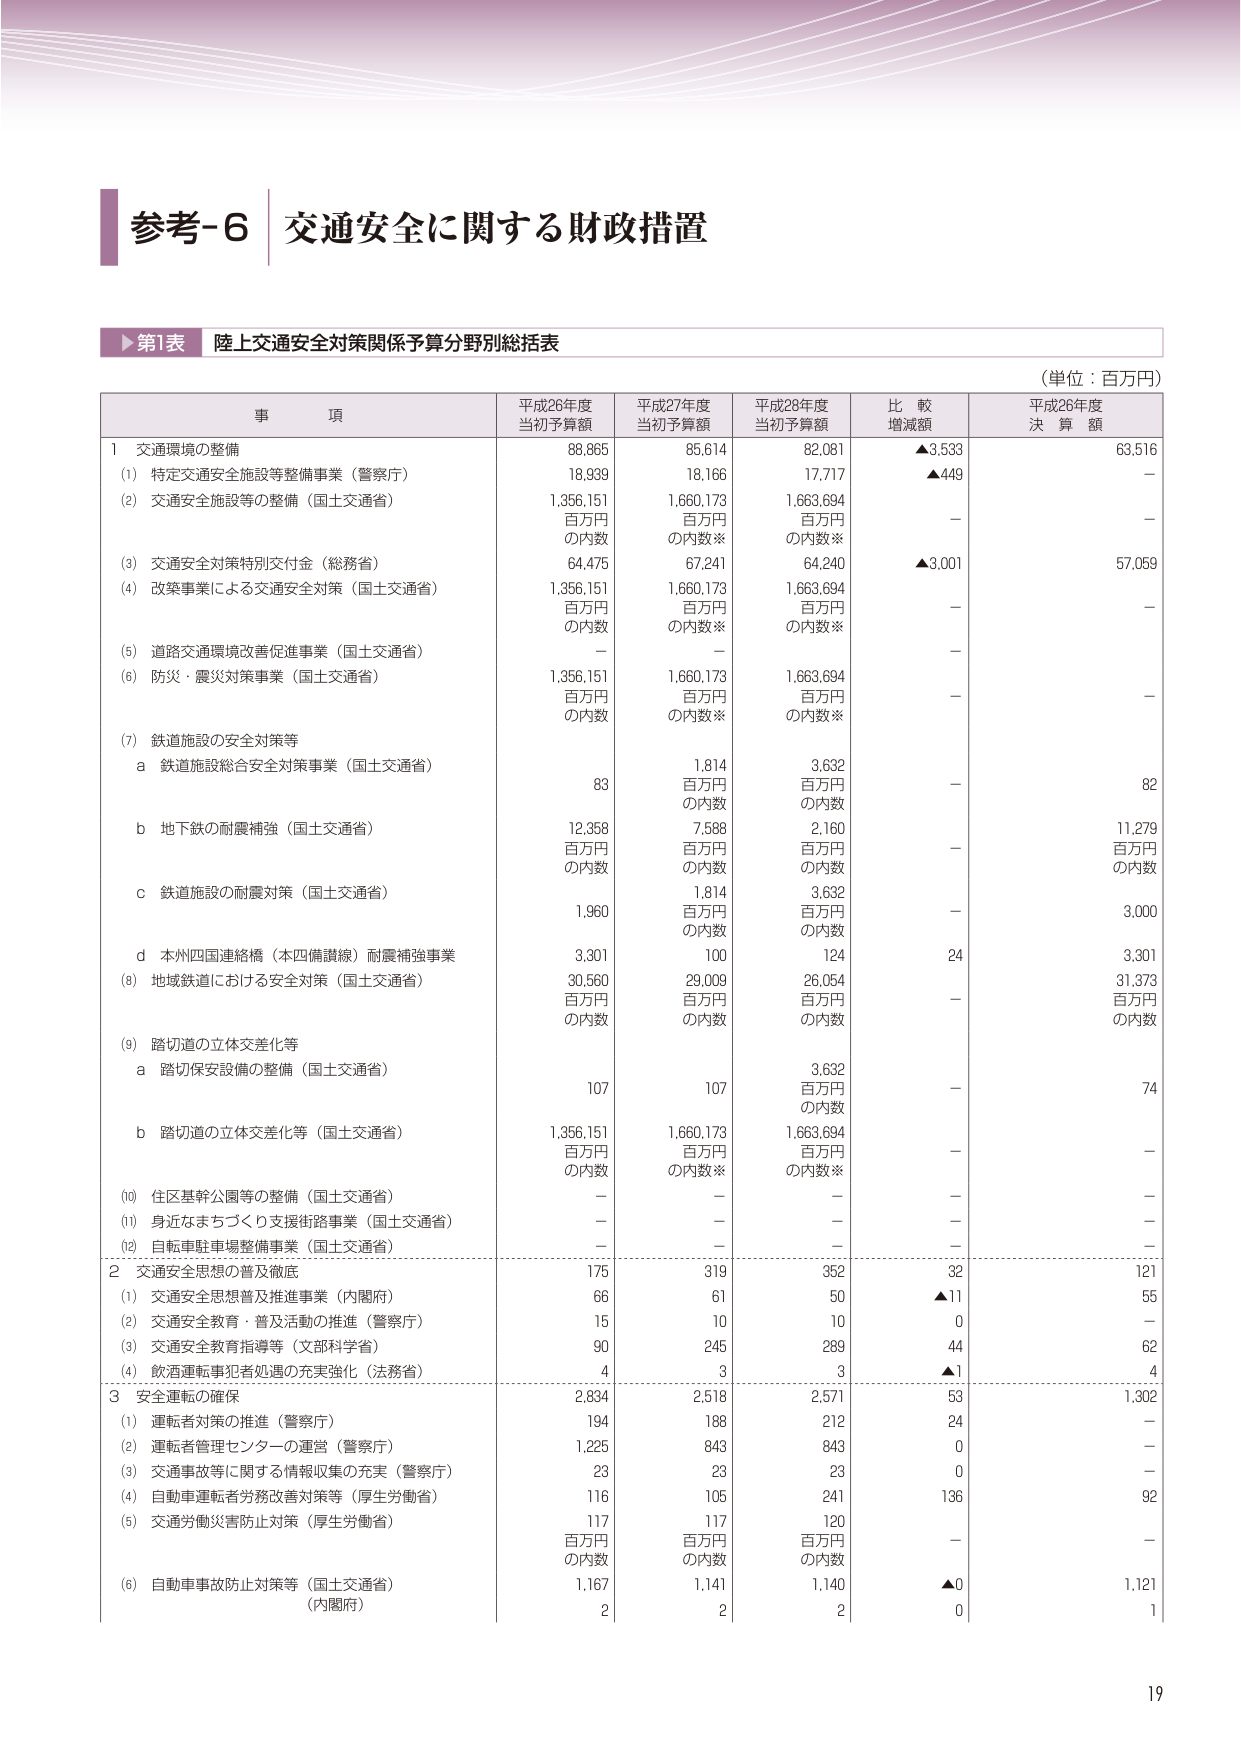
参考-6 交通安全に関する財政措置

▶第1表 陸上交通安全対策関係予算分野別総括表
（単位：百万円）

事 項 平成26年度 当初予算額 平成27年度 当初予算額 平成28年度 当初予算額 比 較 増減額 平成26年度 決 算 額

1 交通環境の整備 88,865 85,614 82,081 ▲3,533 63,516
(1) 特定交通安全施設等整備事業（警察庁） 18,939 18,166 17,717 ▲449 －
(2) 交通安全施設等の整備（国土交通省） 1,356,151 百万円 の内数 1,660,173 百万円 の内数※ 1,663,694 百万円 の内数※ － －
(3) 交通安全対策特別交付金（総務省） 64,475 67,241 64,240 ▲3,001 57,059
(4) 改築事業による交通安全対策（国土交通省） 1,356,151 百万円 の内数 1,660,173 百万円 の内数※ 1,663,694 百万円 の内数※ － －
(5) 道路交通環境改善促進事業（国土交通省） － － － － －
(6) 防災・震災対策事業（国土交通省） 1,356,151 百万円 の内数 1,660,173 百万円 の内数※ 1,663,694 百万円 の内数※ － －
(7) 鉄道施設の安全対策等
a 鉄道施設総合安全対策事業（国土交通省） 83 1,814 百万円 の内数 3,632 百万円 の内数 － 82
b 地下鉄の耐震補強（国土交通省） 12,358 百万円 の内数 7,588 百万円 の内数 2,160 百万円 の内数 － 11,279 百万円 の内数
c 鉄道施設の耐震対策（国土交通省） 1,960 百万円 の内数 1,814 百万円 の内数 3,632 百万円 の内数 － 3,000
d 本州四国連絡橋（本四備讃線）耐震補強事業 3,301 100 124 24 3,301
(8) 地域鉄道における安全対策（国土交通省） 30,560 百万円 の内数 29,009 百万円 の内数 26,054 百万円 の内数 － 31,373 百万円 の内数
(9) 踏切道の立体交差化等
a 踏切保安設備の整備（国土交通省） 107 107 3,632 百万円 の内数 － 74
b 踏切道の立体交差化等（国土交通省） 1,356,151 百万円 の内数 1,660,173 百万円 の内数※ 1,663,694 百万円 の内数※ － －
(10) 住区基幹公園等の整備（国土交通省） － － － － －
(11) 身近なまちづくり支援街路事業（国土交通省） － － － － －
(12) 自転車駐車場整備事業（国土交通省） － － － － －

2 交通安全思想の普及徹底 175 319 352 32 121
(1) 交通安全思想普及推進事業（内閣府） 66 61 50 ▲11 55
(2) 交通安全教育・普及活動の推進（警察庁） 15 10 10 0 －
(3) 交通安全教育指導等（文部科学省） 90 245 289 44 62
(4) 飲酒運転事犯者処遇の充実強化（法務省） 4 3 3 ▲1 4

3 安全運転の確保 2,834 2,518 2,571 53 1,302
(1) 運転者対策の推進（警察庁） 194 188 212 24 －
(2) 運転者管理センターの運営（警察庁） 1,225 843 843 0 －
(3) 交通事故等に関する情報収集の充実（警察庁） 23 23 23 0 －
(4) 自動車運転者労務改善対策等（厚生労働省） 116 105 241 136 92
(5) 交通労働災害防止対策（厚生労働省） 117 百万円 の内数 117 百万円 の内数 120 百万円 の内数 － －
(6) 自動車事故防止対策等（国土交通省） 1,167 1,141 1,140 ▲0 1,121
（内閣府） 2 2 2 0 1

19